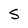
Character: s